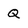
Character: Q